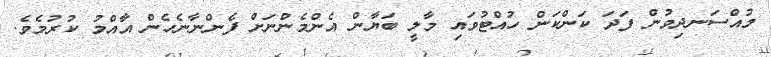
މުއްސަނދިވުން ފަދަ ކަންކަން ހުއްޓުވައި މާލީ ބަޔާން އެންމެންނަށް ފެންނާނެހެން އާއްމު ކުރުމެވެ.